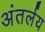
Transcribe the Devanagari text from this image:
अंतर्लय